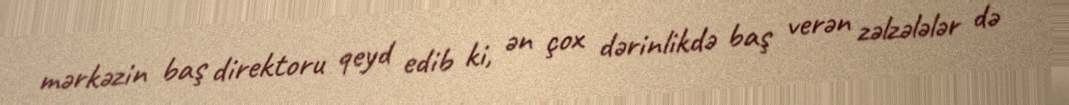
mərkəzin baş direktoru qeyd edib ki, ən çox dərinlikdə baş verən zəlzələlər də